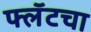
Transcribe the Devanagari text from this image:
फ्लॅटचा